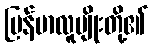
မြန်မာလူမျိုးတို့၏